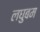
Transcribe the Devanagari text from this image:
लघुबम